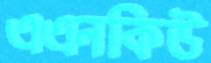
এএনকিউ